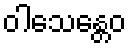
ဝါသေန္တေဝ